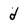
Character: d